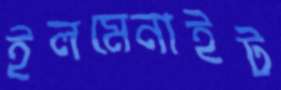
ইলমেনাইট